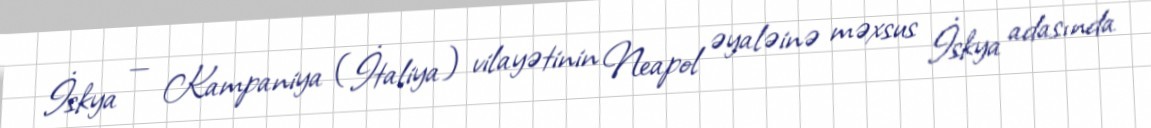
İskya — Kampaniya (İtaliya) vilayətinin Neapol əyaləinə məxsus İskya adasında